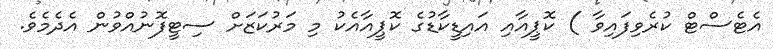
އެޓެސްޓް ކުރެވިފައިވާ ) ކޮޕީއާއި އައިޑީކާޑުގެ ކޮޕީއާއެކު މި މަރުކަޒަށް ސިޓީފޮނުއްވުން އެދެމެވެ.